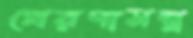
প্রেরণামন্ত্র